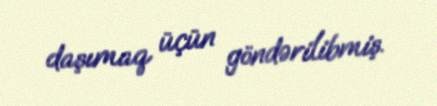
daşımaq üçün göndərilibmiş.